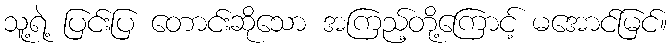
သူ့ရဲ့ ပြင်းပြ တောင်းဆိုသော အကြည့်တို့ကြောင့် မအောင်မြင်။